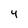
Character: 4